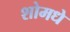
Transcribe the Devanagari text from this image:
शोमधे